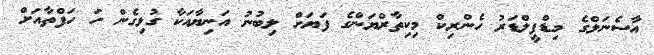
އާސެނަލްގެ މިޑްފީލްޑަރު ހެންރިކް މިކިތާރްޔަންގެ ފަޔަށް ލިބުނު އަނިޔާއަކާ ގުޅިގެން ހަ ހަފްތާއަށް